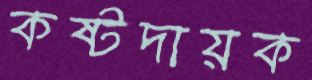
কষ্টদায়ক